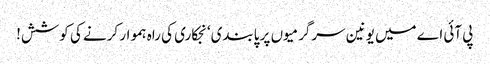
پی آئی اے میں یونین سرگرمیوں پر پابندی‘ نجکاری کی راہ ہموار کرنے کی کوشش!